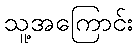
သူ့အကြောင်း